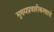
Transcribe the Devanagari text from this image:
मुख्यप्रवाहीकरणाचे